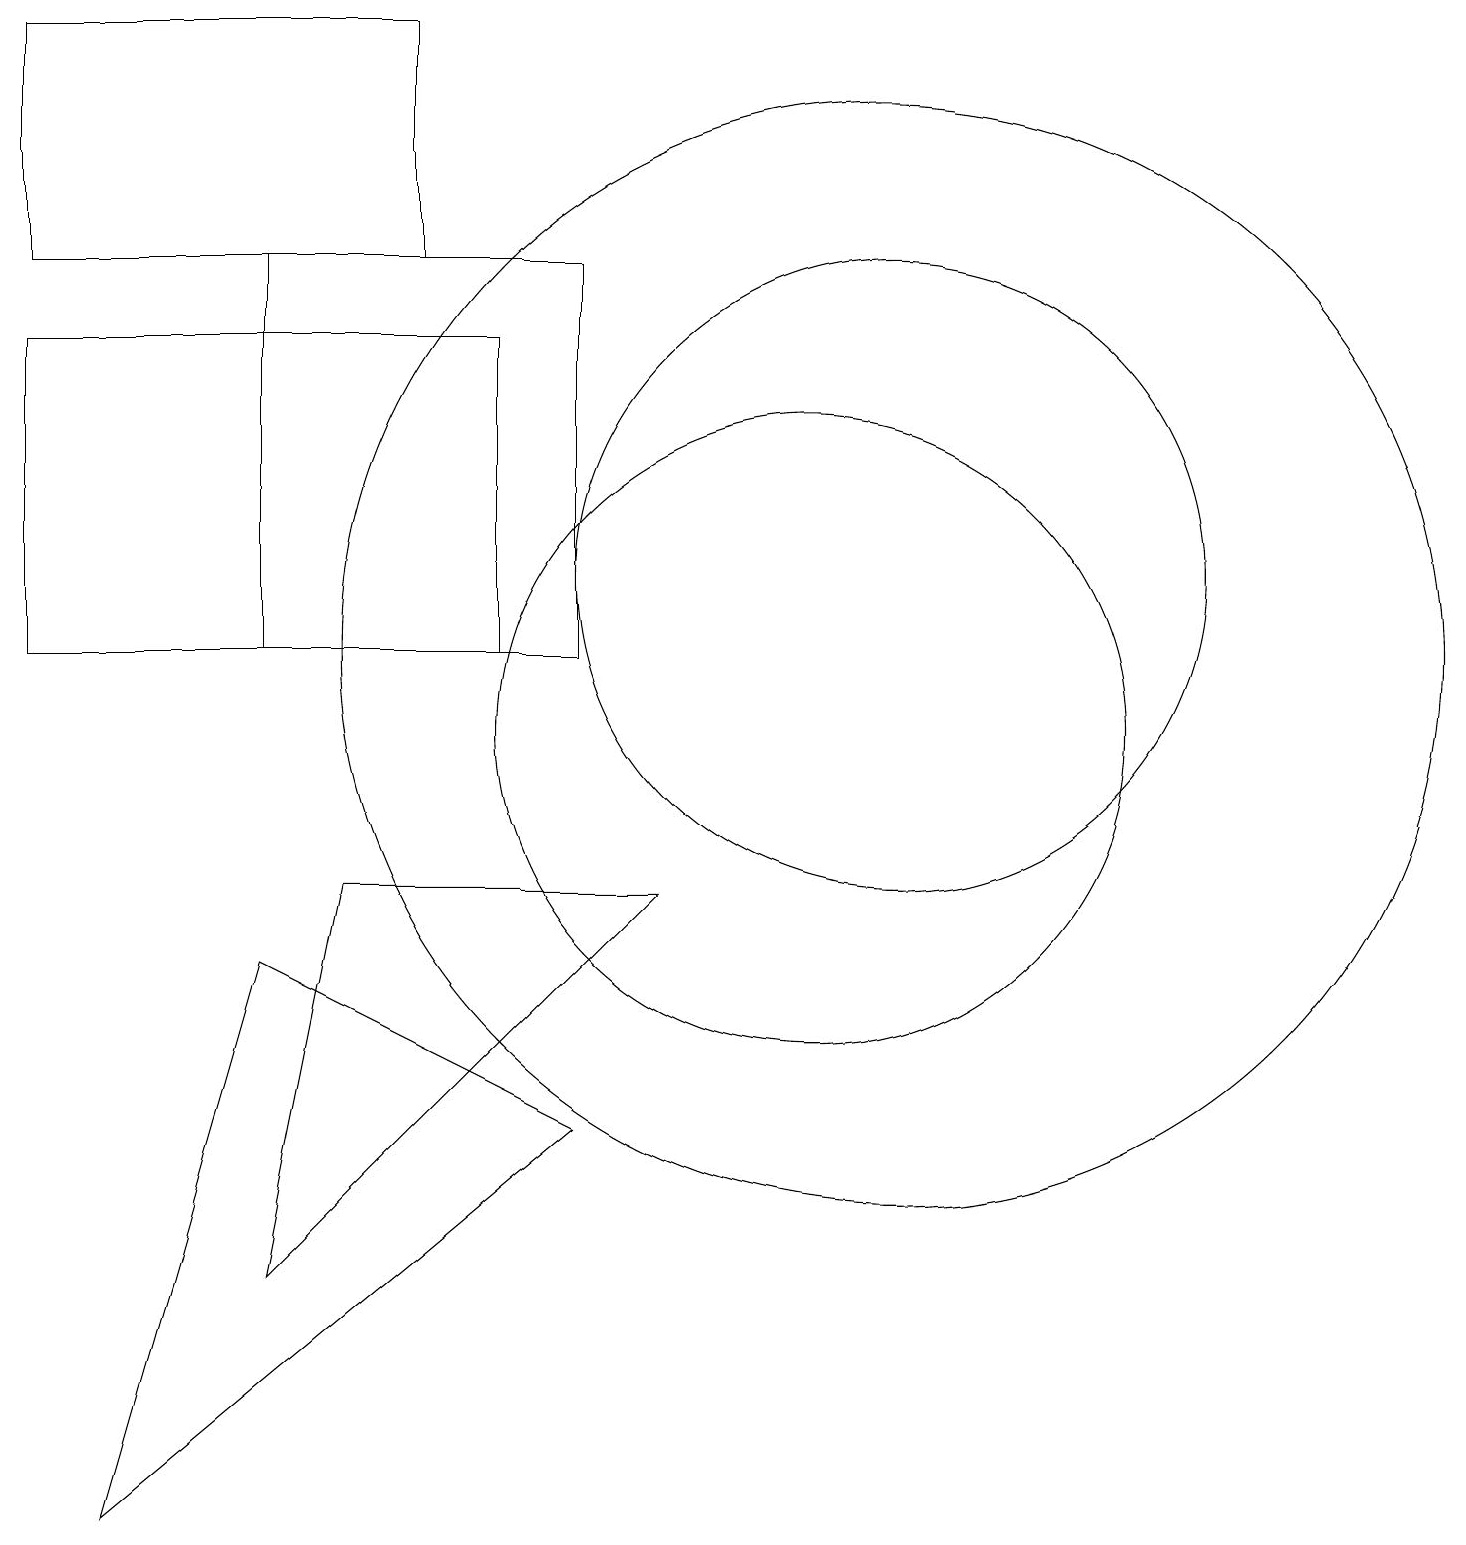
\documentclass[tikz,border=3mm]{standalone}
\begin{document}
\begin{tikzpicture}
\draw (11,11) circle (7);
\draw (11,12) circle (4);
\draw (1,0) -- (7,5) -- (3,7) -- cycle;
\draw (8,8) -- (3,3) -- (4,8) -- cycle;
\draw (3,16) rectangle (7,11);
\draw (0,11) rectangle (6,15);
\draw (5,19) rectangle (0,16);
\draw (10,10) circle (4);
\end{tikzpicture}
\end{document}